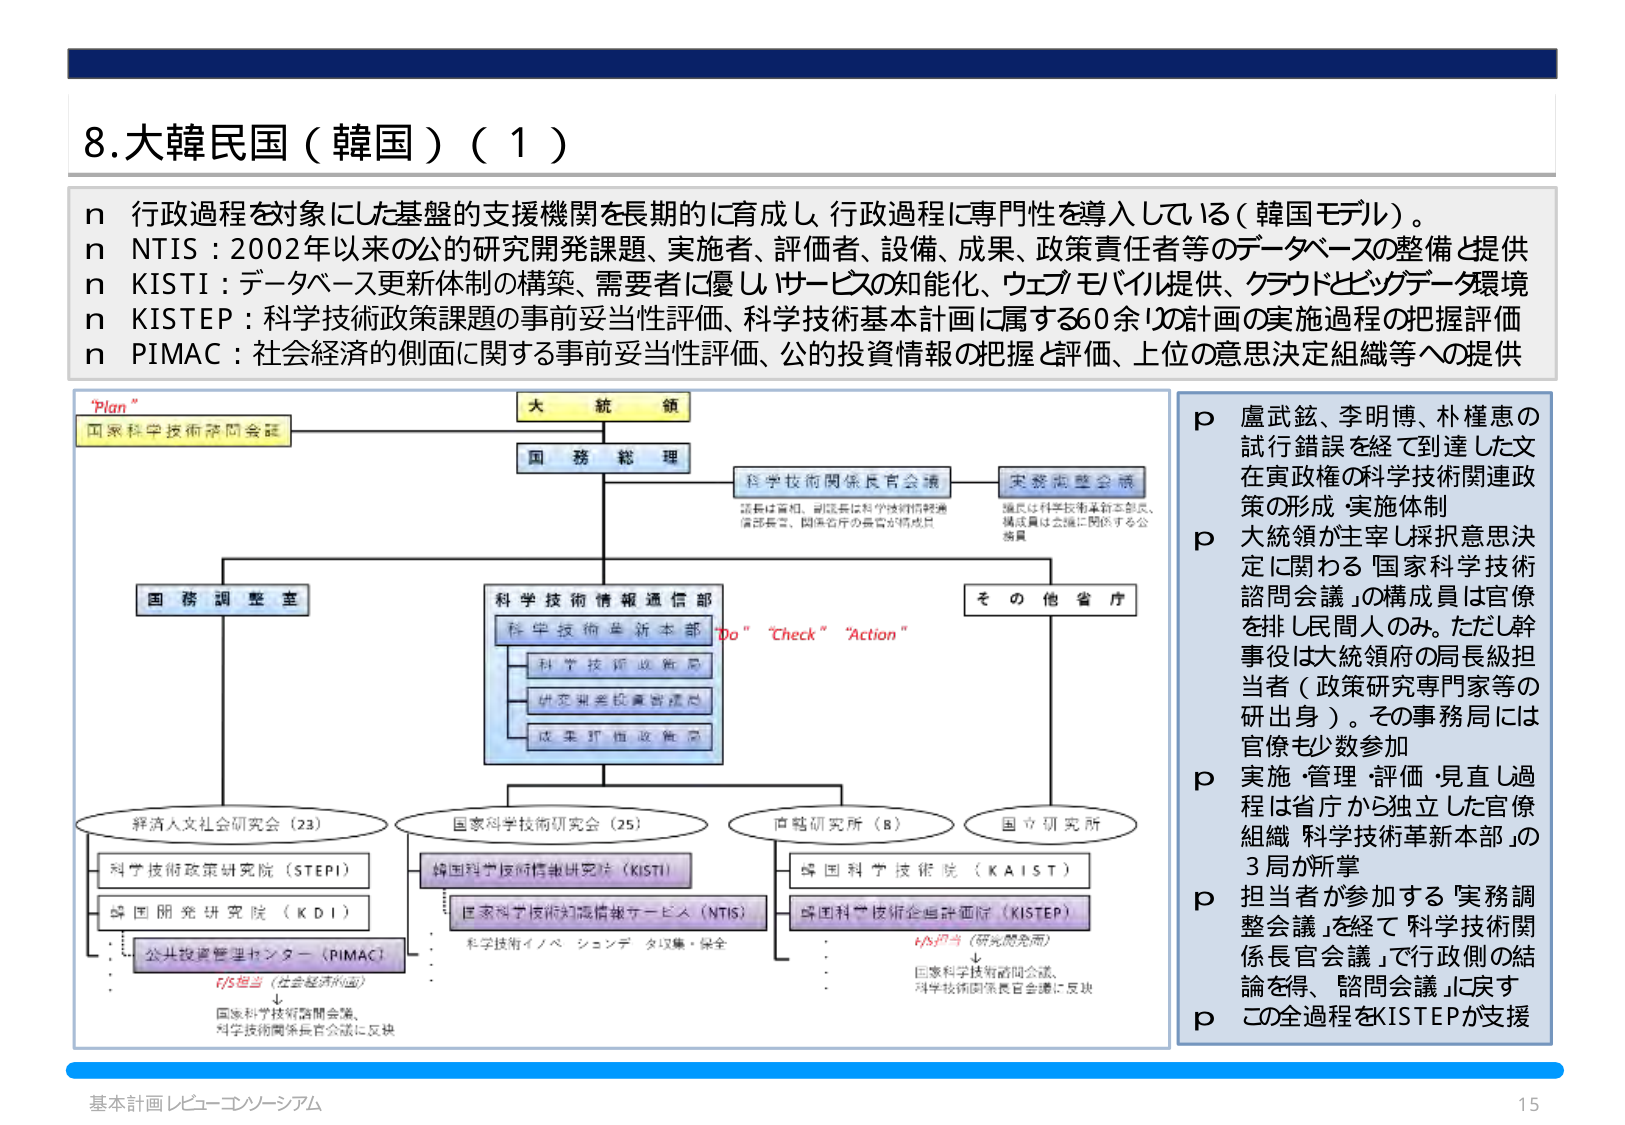
8.大韓民国（韓国）（1）

n 行政過程を対象にした基盤的支援機関を長期的に育成し、行政過程に専門性を導入している（韓国モデル）。
n NTIS：2002年以来の公的研究開発課題、実施者、評価者、設備、成果、政策責任者等のデータベースの整備と提供
n KISTI：データベース更新体制の構築、需要者に優しいサービスの知能化、ウェブ・モバイル提供、クラウド・ビッグデータ環境
n KISTEP：科学技術政策課題の事前妥当性評価、科学技術基本計画に属する60余りの計画の実施過程の把握評価
n PIMAC：社会経済的側面に関する事前妥当性評価、公的投資情報の把握と評価、上位の意思決定組織等への提供

"Plan"
国家科学技術諮問会議
大統領
国務総理
科学技術関係長官会議
実務調整会議
（議長は首相、副議長は科学技術情報通信部長官、関係省庁の長官が構成員）
（議長は科学技術革新本部長、構成員は会議に関係する公務員）
国務調整室
科学技術情報通信部
科学技術革新本部
科学技術政策局
研究開発投資管理局
成果評価政策局
"Do" "Check" "Action"
その他省庁
経済人文社会研究院（23）
国家科学技術研究会（25）
直轄研究所（8）
国立研究所
科学技術政策研究院（STEP1）
韓国開発研究院（KDI）
公共投資管理センター（PIMAC）
f/s担当（社会経済的面）
↓
国家科学技術諮問会議、
科学技術関係長官会議に反映
韓国科学技術情報研究院（KISTI）
国家科学技術知識情報サービス（NTIS）
科学技術イノベーションデータ収集・保全
韓国科学技術院（KAIST）
韓国科学技術企画評価院（KISTEP）
f/s担当（研究開発面）
↓
国家科学技術諮問会議、
科学技術関係長官会議に反映

p 盧武鉉、李明博、朴槿恵の
試行錯誤を経て到達した文
在寅政権の科学技術関連政
策の形成・実施体制
p 大統領が主宰し採択意思決
定に関わる「国家科学技術
諮問会議」の構成員は官僚
を排し民間人のみ。ただし幹
事役は大統領府の局長級担
当者（政策研究専門家等の
研出身）。その事務局には
官僚も少数参加
p 実施・管理・評価・見直し過
程は省庁から独立した官僚
組織「科学技術革新本部」の
3局が掌
p 担当者が参加する「実務調
整会議」を経て「科学技術関
係長官会議」で行政側の結
論を得、「諮問会議」に実す
p この全過程をKISTEPが支援

基本計画レビュー・コンソーシアム
15